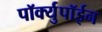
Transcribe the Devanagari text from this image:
पॉर्क्युपॉईन